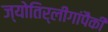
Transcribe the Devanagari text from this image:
ज्योतिर्लींगांपैकी